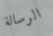
الرسالة